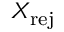
X _ { \mathrm { r e j } }